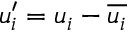
u _ { i } ^ { \prime } = u _ { i } - \overline { { u _ { i } } }